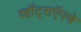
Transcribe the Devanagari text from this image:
व्हॉट्सऍपचे